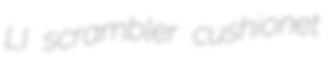
LI scrambler cushionet